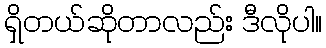
ရှိတယ်ဆိုတာလည်း ဒီလိုပါ။